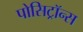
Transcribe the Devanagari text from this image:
पोसिट्रॉन्स